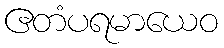
ဧတံပရမာယေဝ